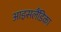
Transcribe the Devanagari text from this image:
आइसलैंडिका